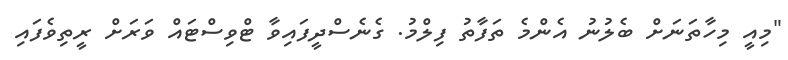
"މިއީ މިހާތަނަށް ބެލުނު އެންމެ ތަފާތު ފިލްމު. ގެނެސްދީފައިވާ ޓްވިސްޓައް ވަރަށް ރީތިވެފައި